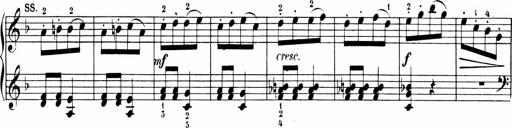
Title: Sonatinen Op.47, 98 und 136, nebst 6 Liedersonatinen
Composer: Carl Reinecke